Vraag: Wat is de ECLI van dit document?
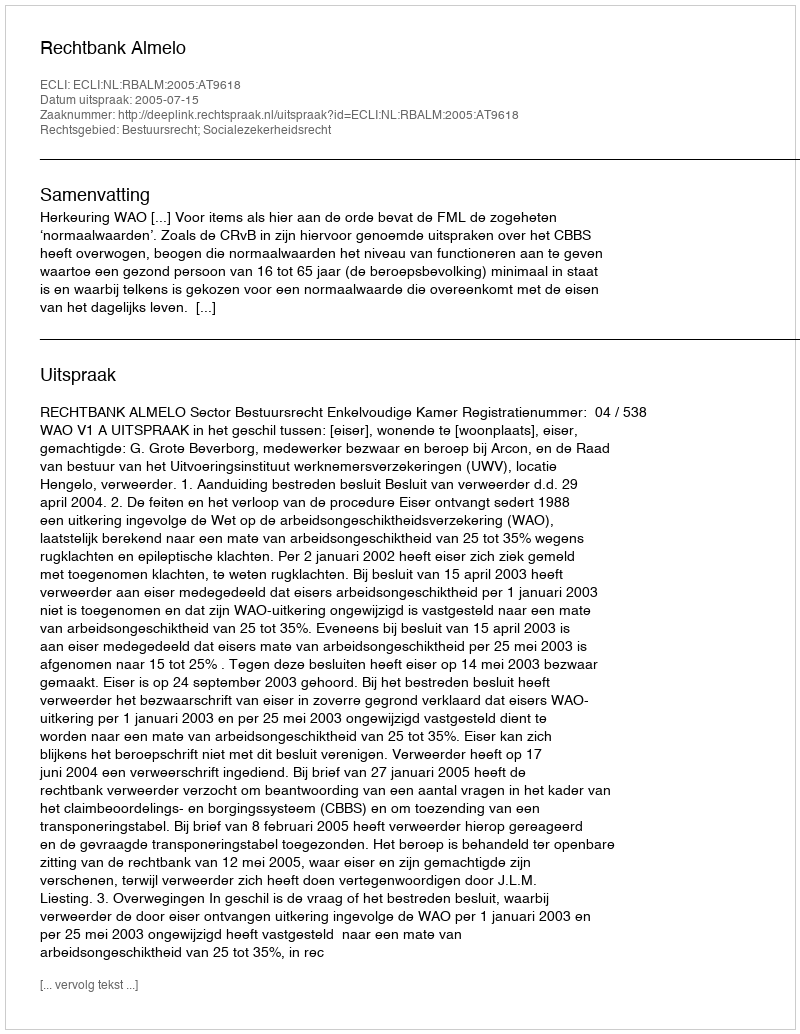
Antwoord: ECLI:NL:RBALM:2005:AT9618